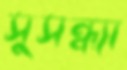
সুসন্ধ্যা